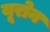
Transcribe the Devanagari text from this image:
यूरोन